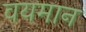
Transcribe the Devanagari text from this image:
वयमान